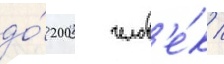
до́ 200 челов'е́к /